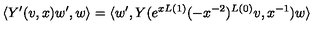
\langle Y ^ { \prime } ( v , x ) w ^ { \prime } , w \rangle = \langle w ^ { \prime } , Y ( e ^ { x L ( 1 ) } ( - x ^ { - 2 } ) ^ { L ( 0 ) } v , x ^ { - 1 } ) w \rangle